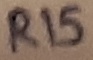
Text: R15